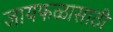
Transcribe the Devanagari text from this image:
जायफळासाठी